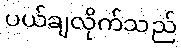
ပယ်ချလိုက်သည်